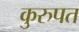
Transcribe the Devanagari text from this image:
कुरुपत